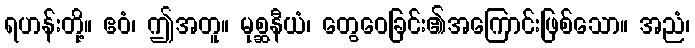
ရဟန်းတို့။ ဧဝံ၊ ဤအတူ။ မုစ္ဆနီယံ၊ တွေဝေခြင်း၏အကြောင်းဖြစ်သော။ အညံ၊